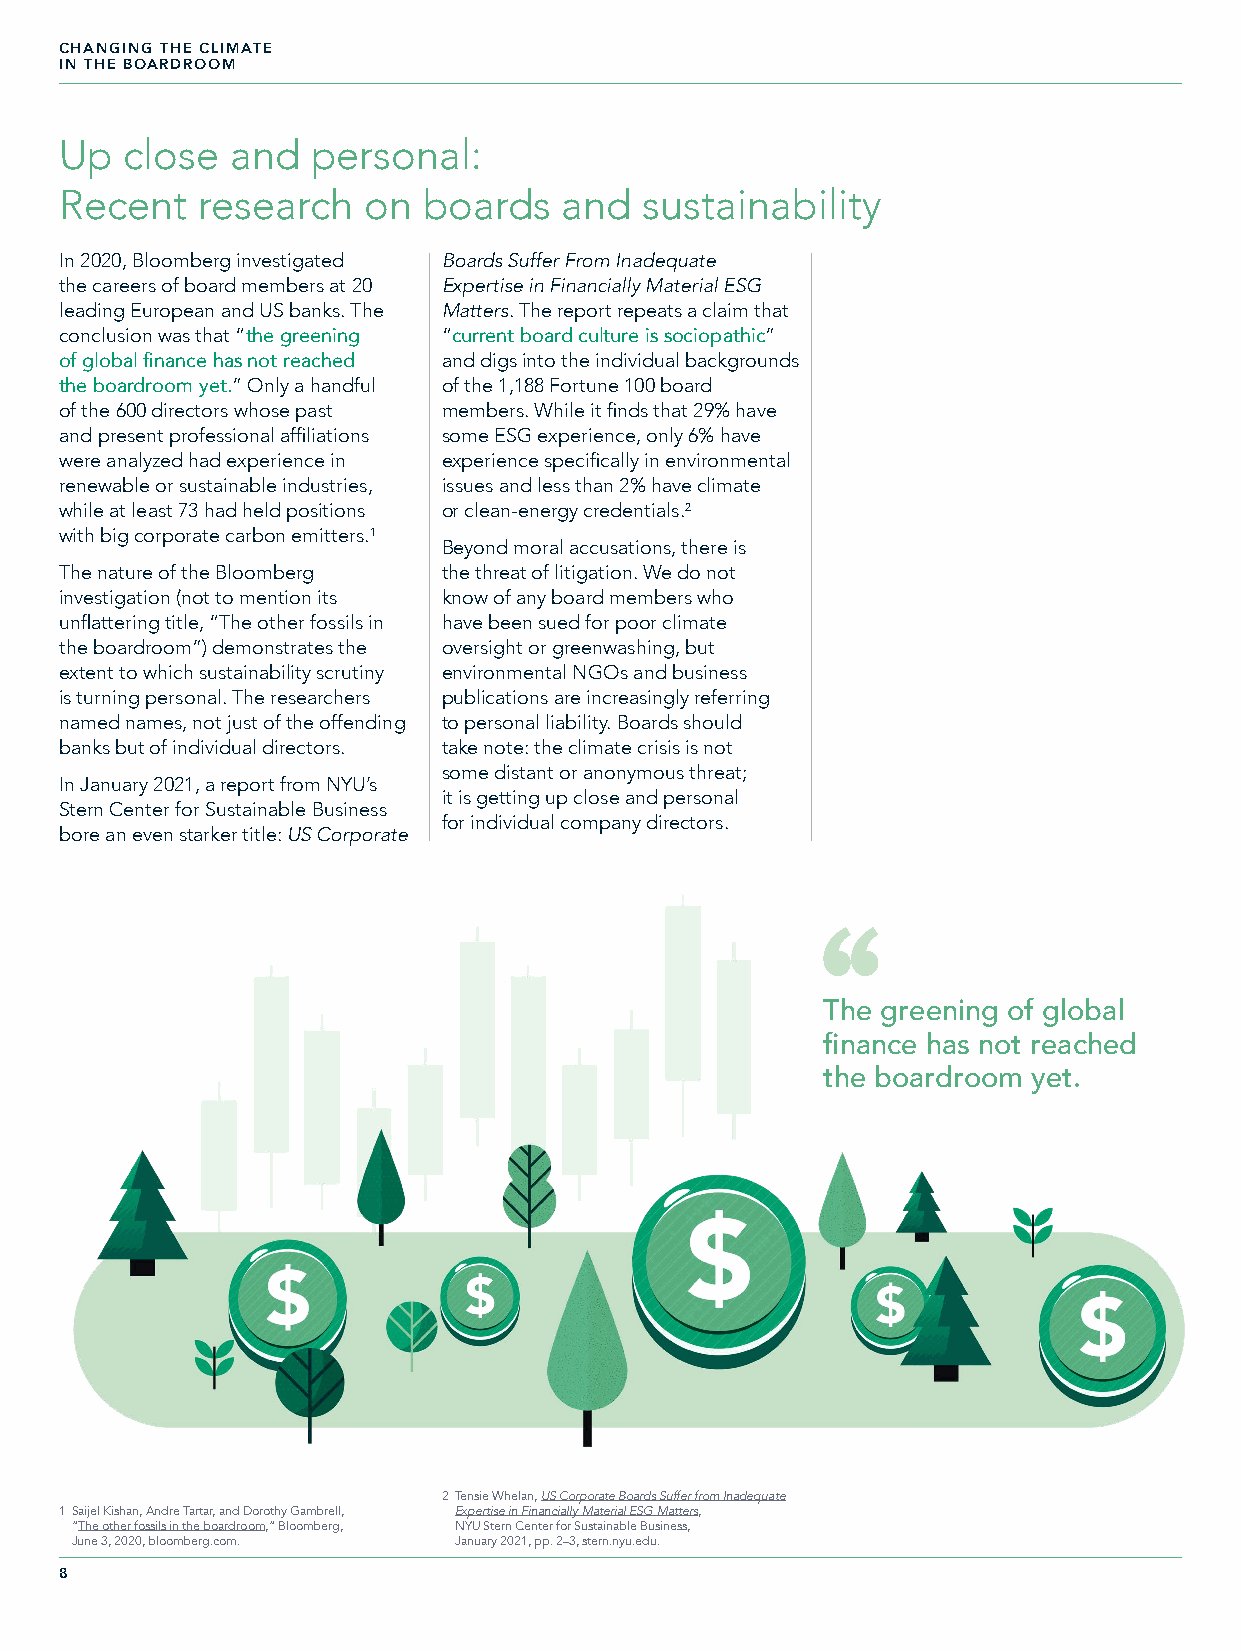
CHANGING THE CLIMATE
 IN THE BOARDROOM
 Up  close  and   personal:
 Recent   research   on  boards   and   sustainability
 In 2020, Bloomberg investigated Boards Suffer From Inadequate
 the careers of board members at 20 Expertise in Financially Material ESG
 leading European and US banks. The Matters. The report repeats a claim that
 conclusion was that “the greening “current board culture is sociopathic”
 of global finance has not reached and digs into the individual backgrounds
 the boardroom yet.” Only a handful of the 1,188 Fortune 100 board
 of the 600 directors whose past members. While it finds that 29% have
 and present professional affiliations some ESG experience, only 6% have
 were analyzed had experience in experience specifically in environmental
 renewable or sustainable industries, issues and less than 2% have climate
 while at least 73 had held positions or clean-energy credentials.2
 with big corporate carbon emitters.1
 Beyond moral accusations, there is
 The nature of the Bloomberg the threat of litigation. We do not
 investigation (not to mention its know of any board members who
 unflattering title, “The other fossils in have been sued for poor climate
 the boardroom”) demonstrates the oversight or greenwashing, but
 extent to which sustainability scrutiny environmental NGOs and business
 is turning personal. The researchers publications are increasingly referring
 named names, not just of the offending to personal liability. Boards should
 banks but of individual directors. take note: the climate crisis is not
 some distant or anonymous threat;
 In January 2021, a report from NYU’s
 it is getting up close and personal
 Stern Center for Sustainable Business
 for individual company directors.
 bore an even starker title: US Corporate
 The greening of global
 finance has not reached
 the boardroom yet.
 2 Tensie Whelan, US Corporate Boards Suffer from Inadequate
 1 Saijel Kishan, Andre Tartar, and Dorothy Gambrell, Expertise in Financially Material ESG Matters,
 “The other fossils in the boardroom,” Bloomberg, NYU Stern Center for Sustainable Business,
 June 3, 2020, bloomberg.com. January 2021, pp. 2–3, stern.nyu.edu.
 8